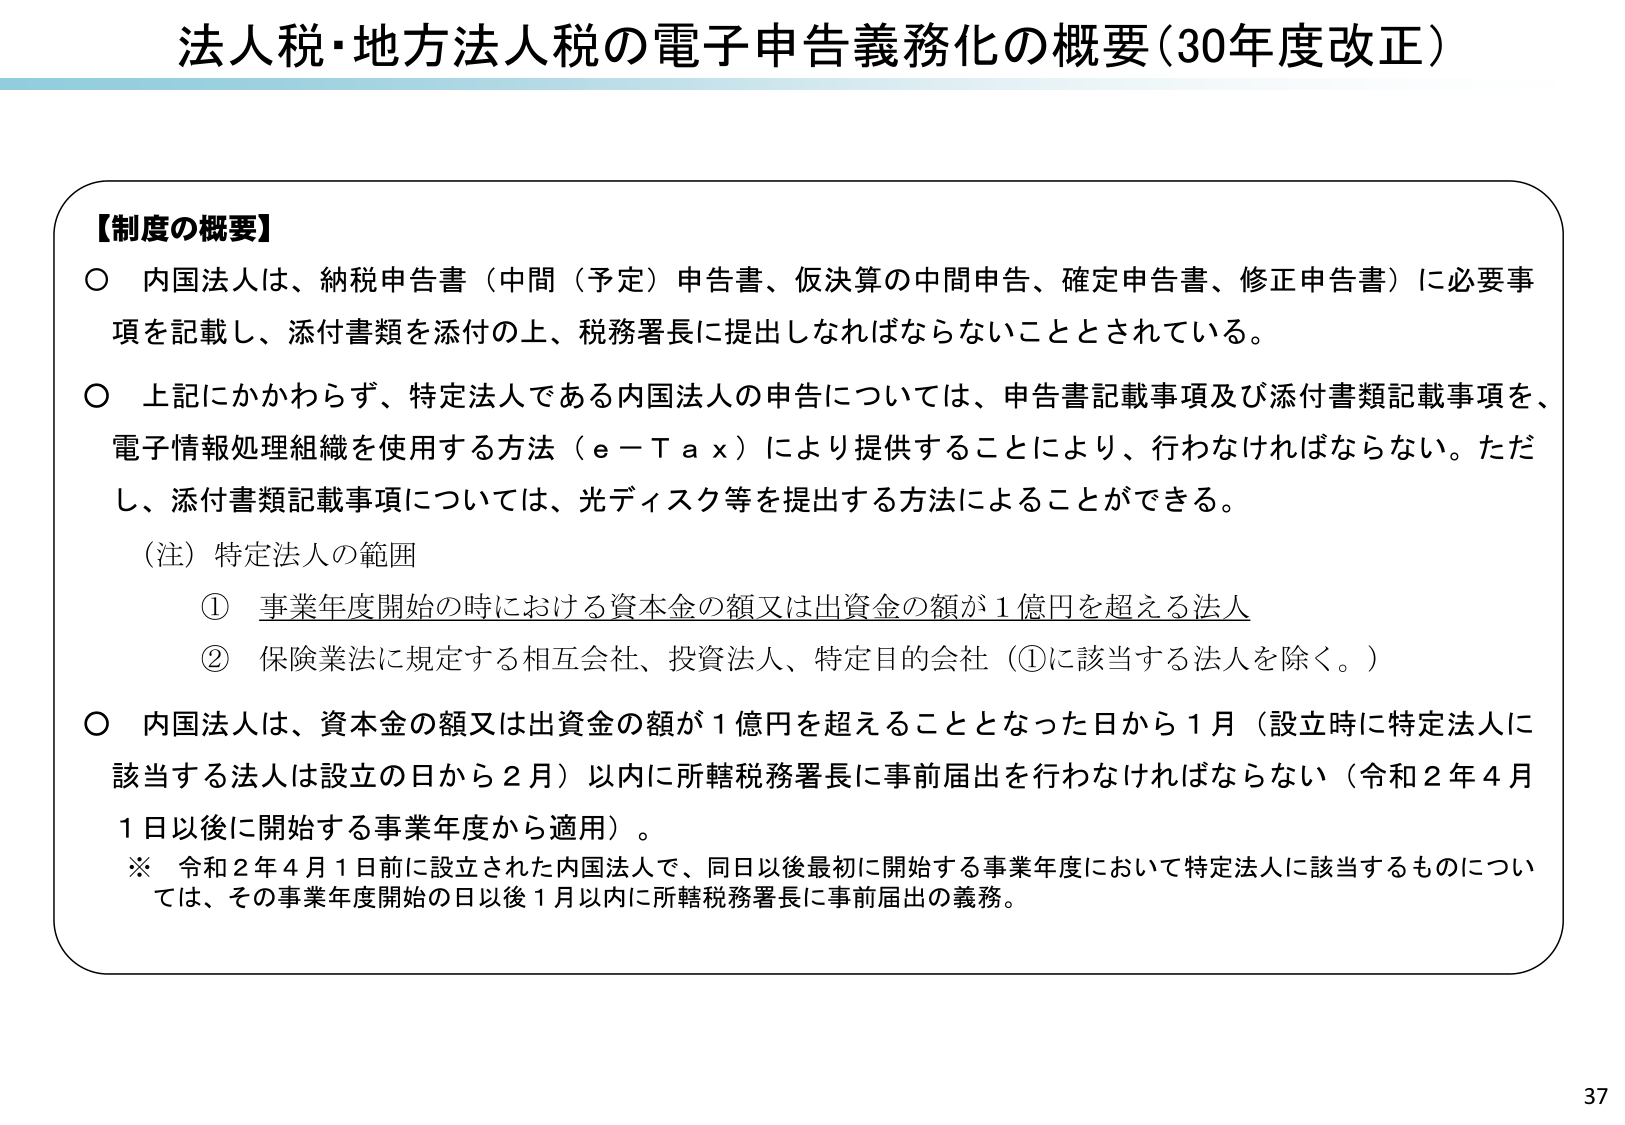
法人税・地方法人税の電子申告義務化の概要（30年度改正）

【制度の概要】
○ 内国法人は、納税申告書（中間（予定）申告書、仮決算の中間申告、確定申告書、修正申告書）に必要事項を記載し、添付書類を添付の上、税務署長に提出しなければならないこととされている。
○ 上記にかかわらず、特定法人である内国法人の申告については、申告書記載事項及び添付書類記載事項を、電子情報処理組織を使用する方法（ｅ－Ｔａｘ）により提供することにより、行わなければならない。ただし、添付書類記載事項については、光ディスク等を提出する方法によることができる。
（注）特定法人の範囲
　① 事業年度開始の時における資本金の額又は出資金の額が１億円を超える法人
　② 保険業法に規定する相互会社、投資法人、特定目的会社（①に該当する法人を除く。）
○ 内国法人は、資本金の額又は出資金の額が１億円を超えることとなった日から１月（設立時に特定法人に該当する法人は設立の日から２月）以内に所轄税務署長に事前届出を行わなければならない（令和２年４月１日以後に開始する事業年度から適用）。
　※ 令和２年４月１日前に設立された内国法人で、同日以後最初に開始する事業年度において特定法人に該当するものについては、その事業年度開始の日以後１月以内に所轄税務署長に事前届出の義務。

37